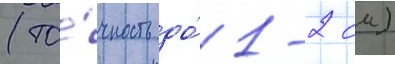
(то́чность до́ 1-2 см)